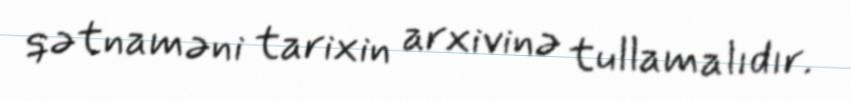
qətnaməni tarixin arxivinə tullamalıdır.